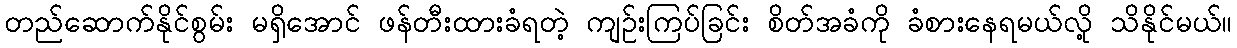
တည်ဆောက်နိုင်စွမ်း မရှိအောင် ဖန်တီးထားခံရတဲ့ ကျဉ်းကြပ်ခြင်း စိတ်အခံကို ခံစားနေရမယ်လို့ သိနိုင်မယ်။